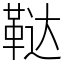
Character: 鞑